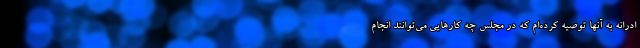
ادرانه به آنها توصیه کرده‌ام که در مجلس چه کارهایی می‌توانند انجام